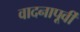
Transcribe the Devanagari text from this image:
वादनापूर्वी